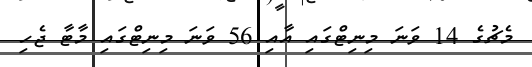
މެޗުގެ 14 ވަނަ މިނިޓްގައި އާއި 56 ވަނަ މިނިޓްގައި މާޓާ ޖެހި